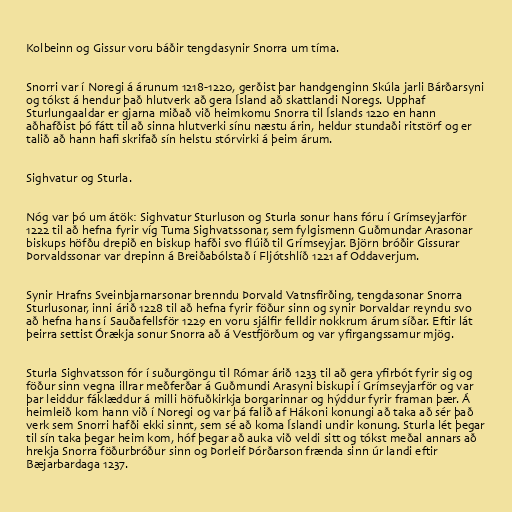
Kolbeinn og Gissur voru báðir tengdasynir Snorra um tíma.

Snorri var í Noregi á árunum 1218-1220, gerðist þar handgenginn Skúla jarli Bárðarsyni
og tókst á hendur það hlutverk að gera Ísland að skattlandi Noregs. Upphaf
Sturlungaaldar er gjarna miðað við heimkomu Snorra til Íslands 1220 en hann
aðhafðist þó fátt til að sinna hlutverki sínu næstu árin, heldur stundaði ritstörf og er
talið að hann hafi skrifað sín helstu stórvirki á þeim árum.

Sighvatur og Sturla.

Nóg var þó um átök: Sighvatur Sturluson og Sturla sonur hans fóru í Grímseyjarför
1222 til að hefna fyrir víg Tuma Sighvatssonar, sem fylgismenn Guðmundar Arasonar
biskups höfðu drepið en biskup hafði svo flúið til Grímseyjar. Björn bróðir Gissurar
Þorvaldssonar var drepinn á Breiðabólstað í Fljótshlíð 1221 af Oddaverjum.

Synir Hrafns Sveinbjarnarsonar brenndu Þorvald Vatnsfirðing, tengdasonar Snorra
Sturlusonar, inni árið 1228 til að hefna fyrir föður sinn og synir Þorvaldar reyndu svo
að hefna hans í Sauðafellsför 1229 en voru sjálfir felldir nokkrum árum síðar. Eftir lát
þeirra settist Órækja sonur Snorra að á Vestfjörðum og var yfirgangssamur mjög.

Sturla Sighvatsson fór í suðurgöngu til Rómar árið 1233 til að gera yfirbót fyrir sig og
föður sinn vegna illrar meðferðar á Guðmundi Arasyni biskupi í Grímseyjarför og var
þar leiddur fáklæddur á milli höfuðkirkja borgarinnar og hýddur fyrir framan þær. Á
heimleið kom hann við í Noregi og var þá falið af Hákoni konungi að taka að sér það
verk sem Snorri hafði ekki sinnt, sem sé að koma Íslandi undir konung. Sturla lét þegar
til sín taka þegar heim kom, hóf þegar að auka við veldi sitt og tókst meðal annars að
hrekja Snorra föðurbróður sinn og Þorleif Þórðarson frænda sinn úr landi eftir
Bæjarbardaga 1237.